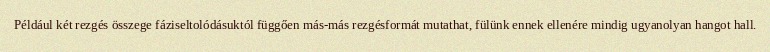
Például két rezgés összege fáziseltolódásuktól függően más-más rezgésformát mutathat, fülünk ennek ellenére mindig ugyanolyan hangot hall.